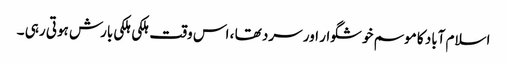
اسلام آباد کا موسم خوشگوار اور سرد تھا ، اس وقت ہلکی ہلکی بارش ہوتی رہی ۔